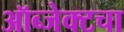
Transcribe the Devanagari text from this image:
ऑब्जेक्टचा